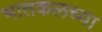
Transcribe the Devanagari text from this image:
भातकलच्या